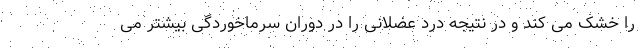
را خشک می کند و در نتیجه درد عضلانی را در دوران سرماخوردگی بیشتر می